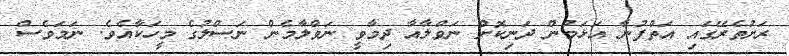
ރަށުތެރޭގައި އަތްފުނާ އަޅަމުން ދަނިކޮށް ނަވްލާއާ ދިމާވީ ނަވްލާމެން ނަސްލުގެ މީހަކާއެވެ. ނަމަވެސް